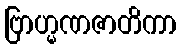
ဗြာဟ္မဏဇာတိကာ